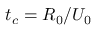
t _ { c } = R _ { 0 } / U _ { 0 }